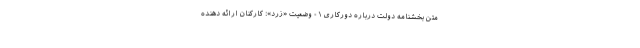
متن بخشنامه دولت درباره دورکاری ۱- وضعیت «زرد»: کارکنان ارائه دهنده